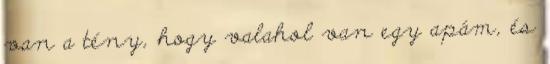
van a tény, hogy valahol van egy apám, és